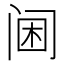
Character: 阃